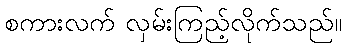
စကားလက် လှမ်းကြည့်လိုက်သည်။